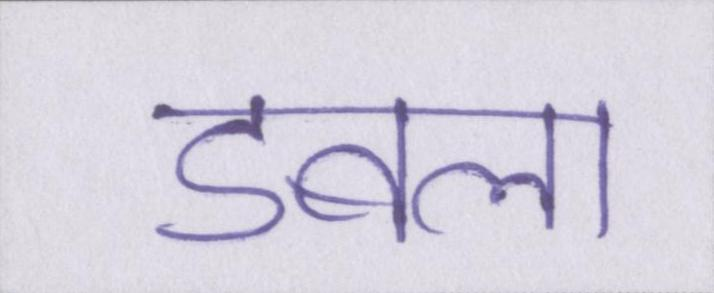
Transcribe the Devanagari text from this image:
डबला